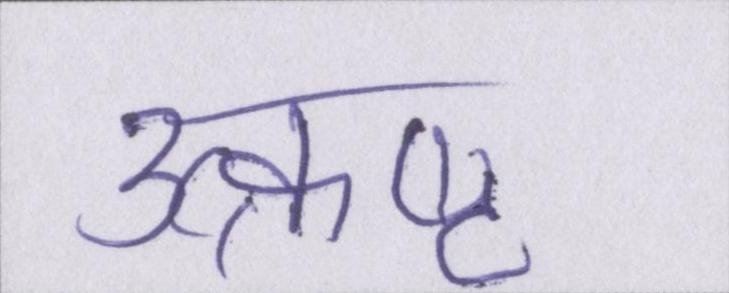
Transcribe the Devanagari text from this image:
उत्क्रष्ट